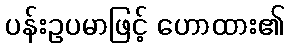
ပန်းဥပမာဖြင့် ဟောထား၏